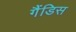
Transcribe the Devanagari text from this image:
गैंडिस